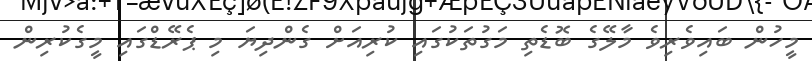
މީހުން ބައިވެރިވެ މާލޭގެ ބޮޑެތި މަގުތަކުގައި ކުރިއަށް ގެންދިޔަ މި ޕެރޭޑްގައި މީގެކުރިން